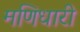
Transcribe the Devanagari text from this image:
मणिधारी